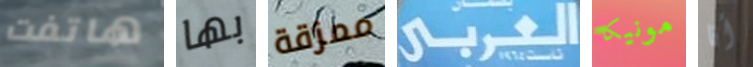
هاتفت بها ممزقة العربي مونيكا أنا